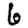
Digit: 6